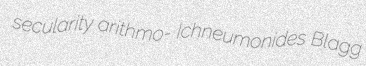
secularity arithmo- Ichneumonides Blagg